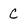
Character: C